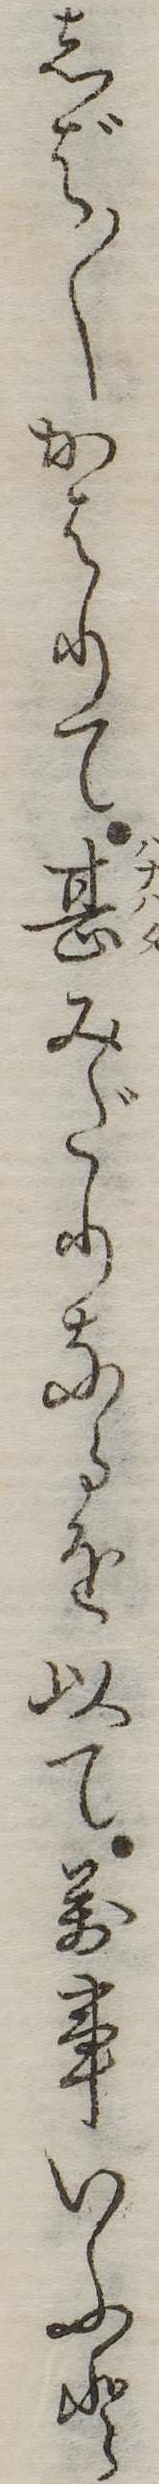
しば〱かはりて甚みだりなるを以て万事いふと